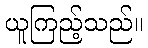
ယူကြည့်သည်။